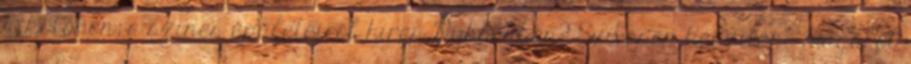
kikötőben, a színes épületeiről híres Nyhavnben? Szívesen készítene magáról